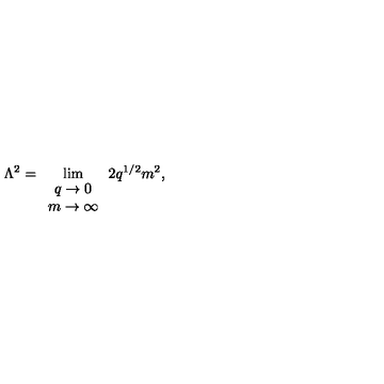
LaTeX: \Lambda ^ { 2 } = \lim _ { \begin{array} { c } { q \rightarrow 0 } \\ { m \rightarrow \infty } \\ \end{array} } 2 q ^ { 1 / 2 } m ^ { 2 } ,